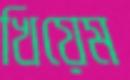
খিয়েম